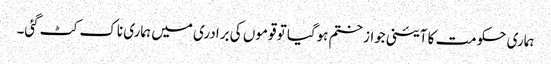
ہماری حکومت کا آئینی جواز ختم ہوگیا تو قوموں کی برادری میں ہماری ناک کٹ گئی۔